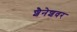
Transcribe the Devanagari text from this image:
शैनेशवर